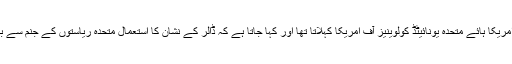
1776 سے پہلے امریکا ہائے متحدہ یونائیٹڈ کولوینیز آف امریکا کہلاتا تھا اور کہا جاتا ہے کہ ڈالر کے نشان کا استعمال متحدہ ریاستوں کے جنم سے بھی قبل ہوتا آیا ہے۔